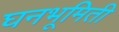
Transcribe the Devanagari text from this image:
घनभूमिती